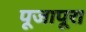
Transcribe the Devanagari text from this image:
पूजापूरा